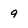
Character: 9